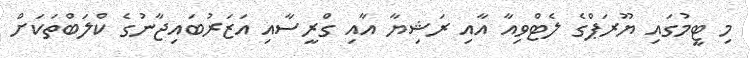
މި ޓީމުގައި ޔޫރަޕްގެ ލެޓްވިއާ އާއި ރަޝިޔާ އާއި ގްރީސާއި އަޒަރުބައިޖާނުގެ ކްލަބްތަކަށް